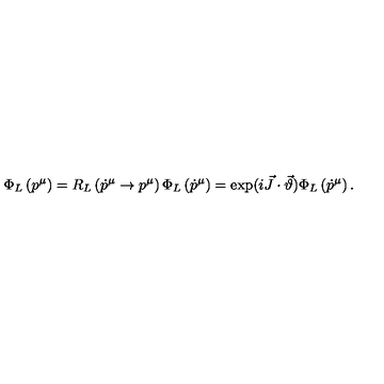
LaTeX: \Phi _ { L } \left( p ^ { \mu } \right) = R _ { L } \left( \dot { p } ^ { \mu } \to p ^ { \mu } \right) \Phi _ { L } \left( \dot { p } ^ { \mu } \right) = \exp ( i \vec { J } \cdot \vec { \vartheta } ) \Phi _ { L } \left( \dot { p } ^ { \mu } \right) .